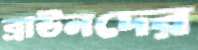
ব্রাউনদের